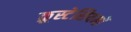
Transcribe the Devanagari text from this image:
क्रूस्टेसियनों